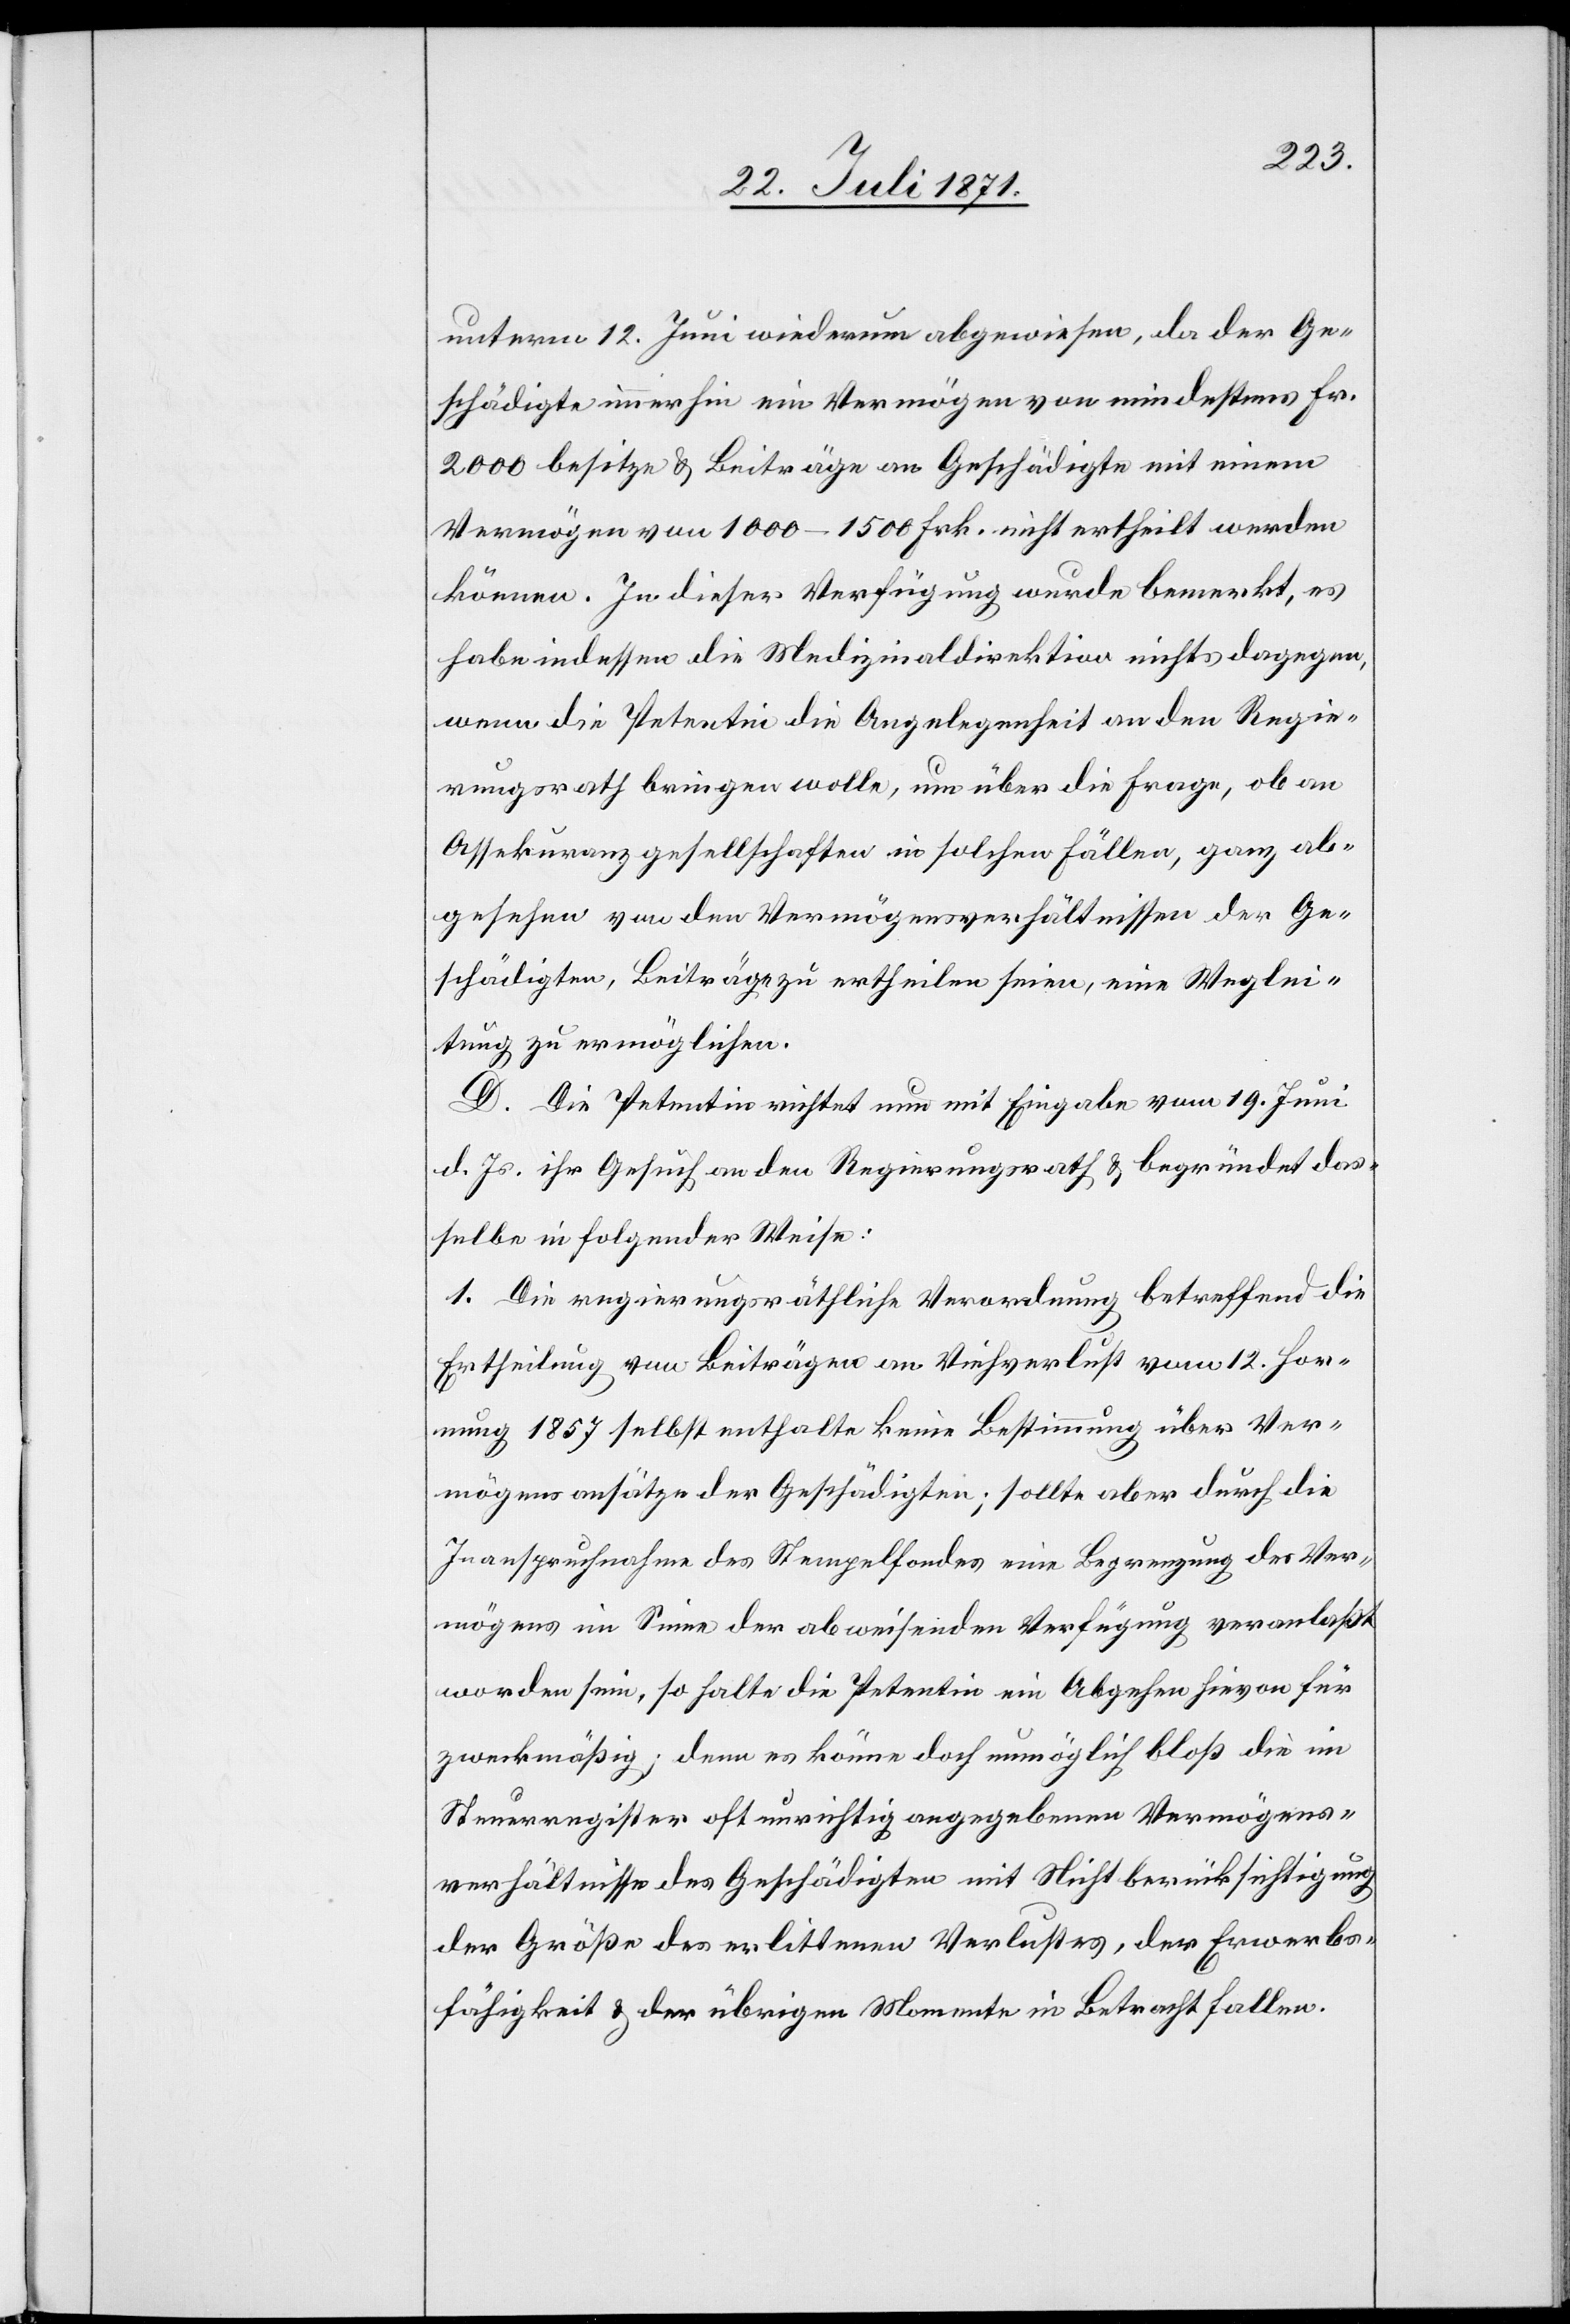
unterm 12. Juni wiederum abgewiesen, da der Ge¬
schädigte immerhin ein Vermögen von mindestens Fr.
2000 besitze u. Beiträge an Geschädigte mit einem
Vermögen von 1000–1500 Frk. nicht ertheilt werden
können. In dieser Verfügung wurde bemerkt, es
habe indessen die Medizinaldirektion nichts dagegen,
wenn die Petentin die Angelegenheit an den Regie¬
rungsrath bringen wolle, um über die Frage, ob an
Assekuranzgesellschaften in solchen Fällen, ganz ab¬
gesehen von dem Vermögensverhältnissen der Ge¬
schädigten, Beiträge zu ertheilen seine, eine Weglei¬
tung zu ermöglichen.
D. Die Petentin richtet nun mit Eingabe vom 19. Juni
d. Js. ihr Gesuch an den Regierungsrath u. begründet das¬
selbe in folgender Weise:
1. Die regierungsräthliche Verordnung betreffend die
Ertheilung von Beiträgen an Viehverlust vom 12. Hor¬
nung 1857 selbst enthalte keine Bestimmung über Ver¬
mögensansätze der Geschädigten; sollte aber durch die
Inanspruchnahme des Stempelfondes eine Begrenzung des Ver¬
mögens im Sinne der abweisenden Verfügung veranlaßt
worden sein, so halte die Petentin ein Abgehen hievon für
zweckmäßig; denn es könne doch unmöglich bloß die im
Steuerregister oft unrichtig angegebenen Vermögens¬
verhältnisse des Geschädigten mit Nichtberücksichtigung
der Größe des erlittenen Verlustes, der Erwerbs¬
fähigkeit u. der übrigen Momente in Betracht fallen.